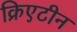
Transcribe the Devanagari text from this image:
क्रिएटीन